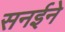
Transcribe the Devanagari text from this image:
सनईने